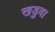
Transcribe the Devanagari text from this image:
खड़ुवा